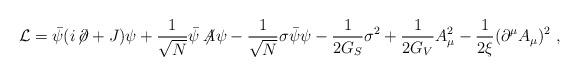
LaTeX: \begin{align*}{\cal L}=\bar{\psi}(i\!\not{\!\partial}+J)\psi +\frac{1}{\sqrt{N}}\bar{\psi}\not{\!\!A}\psi -\frac{1}{\sqrt{N}}\sigma\bar{\psi}\psi -\frac{1}{2G_S}\sigma^2 +\frac{1}{2G_V}A_\mu^2 -\frac{1}{2\xi}(\partial^\mu A_\mu)^2\ ,\end{align*}